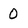
Character: 0